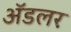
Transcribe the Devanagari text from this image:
अॅडलर